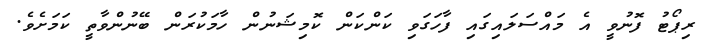
ރިޕޯޓު ފޮނުވީ އެ މައްސަލައިގައި ފާހަގަވި ކަންކަން ކޮމިޝަނުން ހާމަކުރަން ބޭނުންވާތީ ކަމަށެވެ.